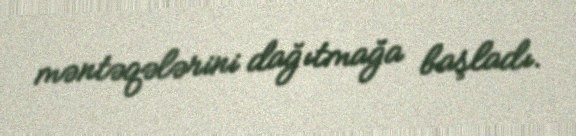
məntəqələrini dağıtmağa başladı.